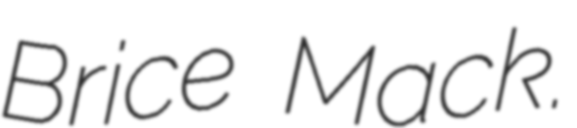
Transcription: Brice Mack.